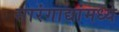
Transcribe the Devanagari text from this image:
सारंगाद्यांमध्ये